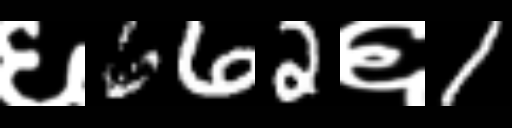
Text: ६662६1